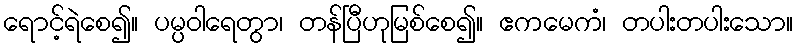
ရောင့်ရဲစေ၍။ ပမ္ပဝါရေတွာ၊ တန်ပြီဟုမြစ်စေ၍။ ဧကမေကံ၊ တပါးတပါးသော။